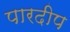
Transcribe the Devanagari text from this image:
पारदीप